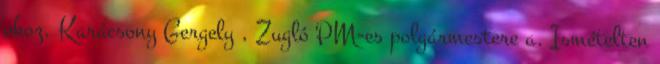
okoz. Karácsony Gergely , Zugló PM-es polgármestere a. Ismételten